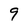
Character: 9